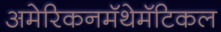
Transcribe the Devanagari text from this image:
अमेरिकनमॅथेमॅटिकल